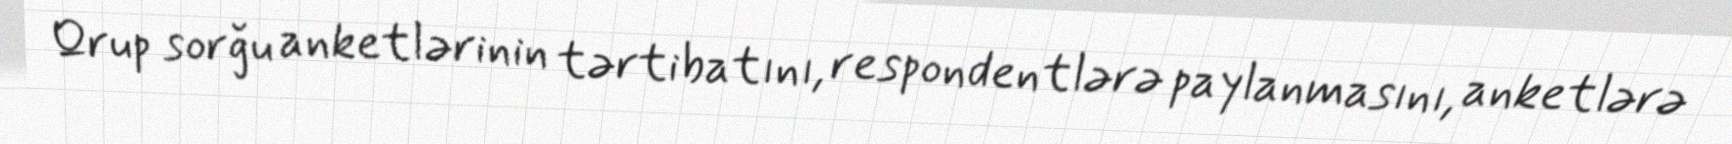
Qrup sorğu anketlərinin tərtibatını, respondentlərə paylanmasını, anketlərə